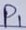
Text: P1